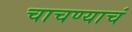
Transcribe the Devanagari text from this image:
चाचण्याचं